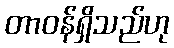
တာဝန်ရှိသည်ဟု